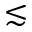
\lesssim